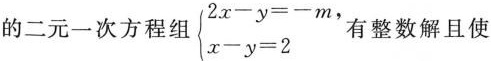
的二元一次方程组$$\left\{ \begin{matrix} 2x-y=-m,\\ x-y=2\end{matrix} \right.$$有整数解且使